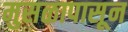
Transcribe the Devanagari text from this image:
मुसळापासून